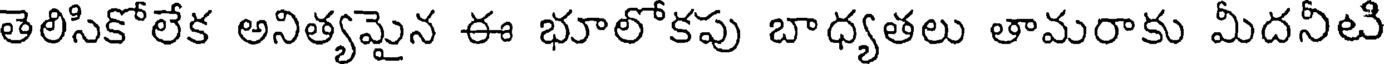
తెలిసికోలేక అనిత్యమైన ఈ భూలోకపు బాధ్యతలు తామరాకు మీదనీటి